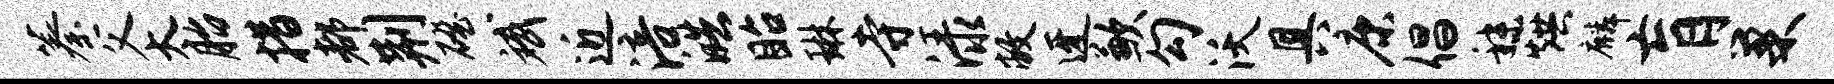
蓁父太胎措都荆磴斌近涪皓眙琳寺渌敝迓歉勾沃具康倡秣烘麟肓巢